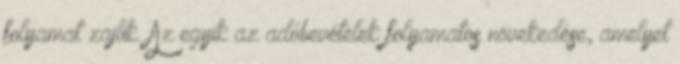
folyamat zajlik. Az egyik az adóbevételek folyamatos növekedése, amelyet